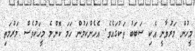
މީހުން މަރުވާނީ އެކި ސަބަބު ތަކުގައެވެ. އެހެންކަމުން ހަމަ ކޮންމެ މީހަކުވެސް މަރުމަތި